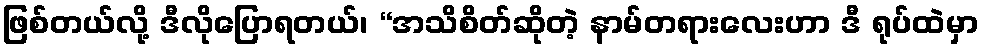
ဖြစ်တယ်လို့ ဒီလိုပြောရတယ်၊ “အသိစိတ်ဆိုတဲ့ နာမ်တရားလေးဟာ ဒီ ရုပ်ထဲမှာ